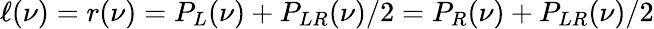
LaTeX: \ell(\nu)=r(\nu)=P_{L}(\nu)+P_{LR}(\nu)/2=P_{R}(\nu)+P_{LR}(\nu)/2